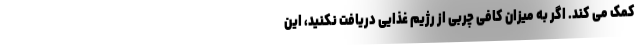
کمک می کند. اگر به میزان کافی چربی از رژیم غذایی دریافت نکنید، این